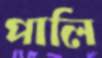
পালি